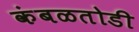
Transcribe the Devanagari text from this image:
कंबळतोडी